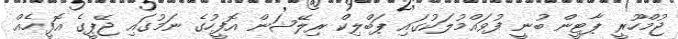
ޖުމްހޫރީ ޕާޓީން ބުނީ ފުވައްމުލަކުގައި ޕަބްލިކް ރިލޭޝަން އޮފީހުގެ ނަމުގައި ޖޭޕީގެ އޮފީހެއް